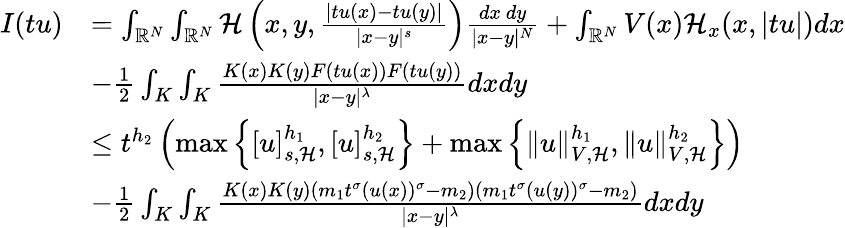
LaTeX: \begin{array}{rl}{I(tu)}&{=\int_{{\mathbb R}^{N}}\int_{{\mathbb R}^{N}}\mathcal{H}\left(x,y,\frac{|tu(x)-tu(y)|}{|x-y|^{s}}\right)\frac{dx\ dy}{|x-y|^{N}}+\int_{{\mathbb R}^{N}}V(x)\mathcal{H}_{x}(x,|tu|)dx}\\ &{-\frac{1}{2}\int_{K}\int_{K}\frac{K(x)K(y)F(tu(x))F(tu(y))}{|x-y|^{\lambda}}dxdy}\\ &{\leq t^{h_{2}}\left(\operatorname*{max}\left\lbrace[u]_{s,\mathcal{H}}^{h_{1}},[u]_{s,\mathcal{H}}^{h_{2}}\right\rbrace+\operatorname*{max}\left\lbrace\| u\| _{V,\mathcal{H}}^{h_{1}},\| u\| _{V,\mathcal{H}}^{h_{2}}\right\rbrace\right)}\\ &{-\frac{1}{2}\int_{K}\int_{K}\frac{K(x)K(y)(m_{1}t^{\sigma}(u(x))^{\sigma}-m_{2})(m_{1}t^{\sigma}(u(y))^{\sigma}-m_{2})}{|x-y|^{\lambda}}dxdy}\end{array}